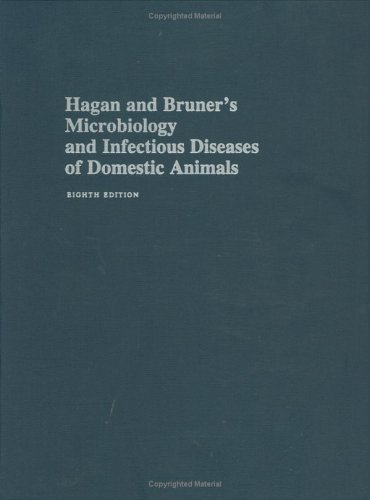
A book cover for Hagan and Bruner's Microbiology and Infectious Diseases of Domestic Animals; John F. Timoney; Medical Books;